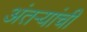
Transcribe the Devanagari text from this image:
अंतऱ्यांची